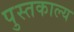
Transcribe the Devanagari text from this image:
पुस्तकाल्य